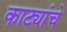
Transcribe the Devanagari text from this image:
काट्यांचे